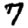
Digit: 7